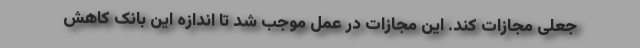
جعلی مجازات کند. این مجازات در عمل موجب شد تا اندازه این بانک کاهش